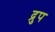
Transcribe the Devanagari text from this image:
द्रुप